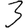
Digit: 3